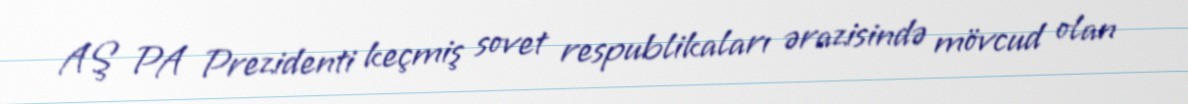
AŞ PA Prezidenti keçmiş sovet respublikaları ərazisində mövcud olan